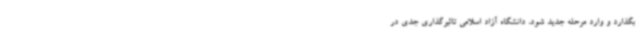
بگذارد و وارد مرحله جدید شود، دانشگاه آزاد اسلامی تاثیرگذاری جدی در